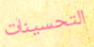
التحسينات